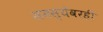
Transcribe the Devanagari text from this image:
समस्येवरही